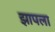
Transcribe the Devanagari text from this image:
झापला